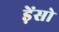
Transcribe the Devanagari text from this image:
ड़ेंसो